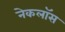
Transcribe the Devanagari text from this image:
नेकलॉस